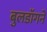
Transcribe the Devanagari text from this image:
बुलडॉगने